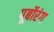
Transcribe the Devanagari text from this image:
पूर्बोरंग